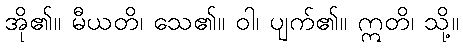
အို၏။ မီယတိ၊ သေ၏။ ဝါ၊ ပျက်၏။ ဣတိ၊ သို့။